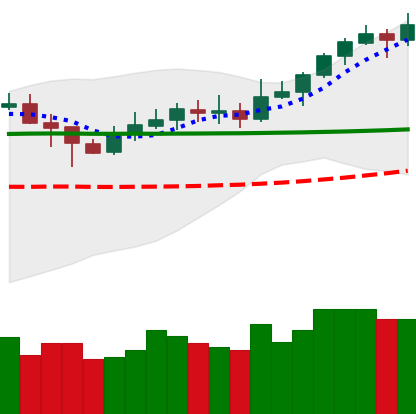
Ticker: XLM-USD
Chart end date: 2020-02-09
Forward return: 17.818%
Label: up_7plus